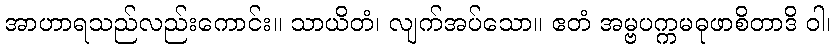
အာဟာရသည်လည်းကောင်း။ သာယိတံ၊ လျက်အပ်သော။ ဧတံ အမ္ဗပက္ကမဓုဖာစိတာဒိ ဝါ၊